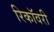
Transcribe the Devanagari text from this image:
रिकॉवरी